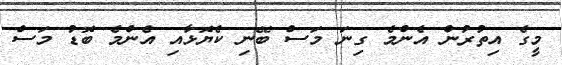
މީގެ އިތުރުން އެންމެ ގިނަ މަސް ބޭނި ކެޔޮޅާއި އެންމެ ބޮޑު މަސް